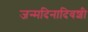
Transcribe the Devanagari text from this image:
जन्मदिनादिवशी